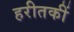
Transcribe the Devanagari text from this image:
हरीतकीं